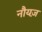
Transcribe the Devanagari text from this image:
नौयज़